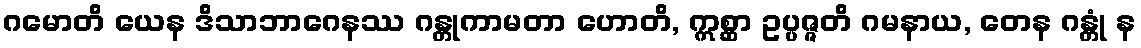
ဂမောတိ ယေန ဒိသာဘာဂေနဿ ဂန္တုကာမတာ ဟောတိ, ဣစ္ဆာ ဥပ္ပဇ္ဇတိ ဂမနာယ, တေန ဂန္တုံ န